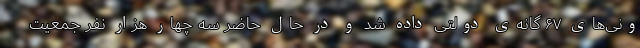
ونی‌های ۶۷ گانه‌ی دولتی داده شد و در حال حاضر سه چهار هزار نفر جمعیت